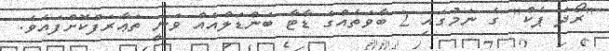
"ރޯދަ ޕެކް" ގެ ނަމުގައި 2 ބާވަތެއްގެ ޑާޓާ ބަންޑަލްއެއް ވަނީ ތަޢާރަފްކޮށްފައެވެ.